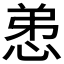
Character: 𢚖